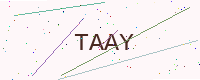
Text: TAAY